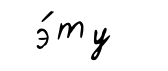
э́ту